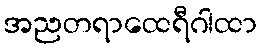
အညတရာထေရီဂါထာ